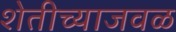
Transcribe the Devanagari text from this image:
शेतीच्याजवळ